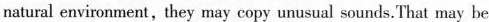
natural environment, they may copy unusual sounds. That may be